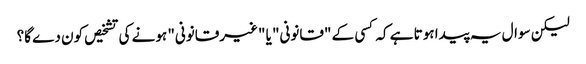
لیکن سوال یہ پیدا ہوتا ہے کہ کسی کے "قانونی" یا "غیرقانونی" ہونے کی تشخیص کون دے گا؟